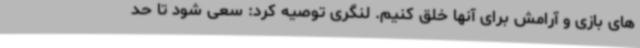
های بازی و آرامش برای آنها خلق کنیم. لنگری توصیه کرد: سعی شود تا حد